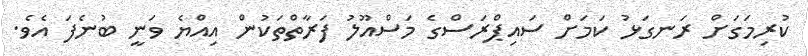
ކުރިމަގަށް ރަނގަޅު ކަމަށް ސައިޕްރަސްގެ މަސްއޫލު ފަރާތްތަކުން އިއްޔެ ވަނީ ބުނެފަ އެވެ.